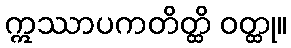
ဣဿာပကတိတ္ထိ ဝတ္ထု။